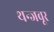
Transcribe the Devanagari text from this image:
थन्जवूर